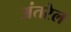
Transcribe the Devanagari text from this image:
अंतरेल